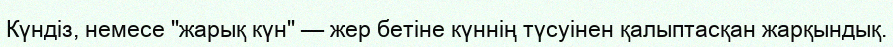
Күндіз, немесе "жарық күн" — жер бетіне күннің түсуінен қалыптасқан жарқындық.